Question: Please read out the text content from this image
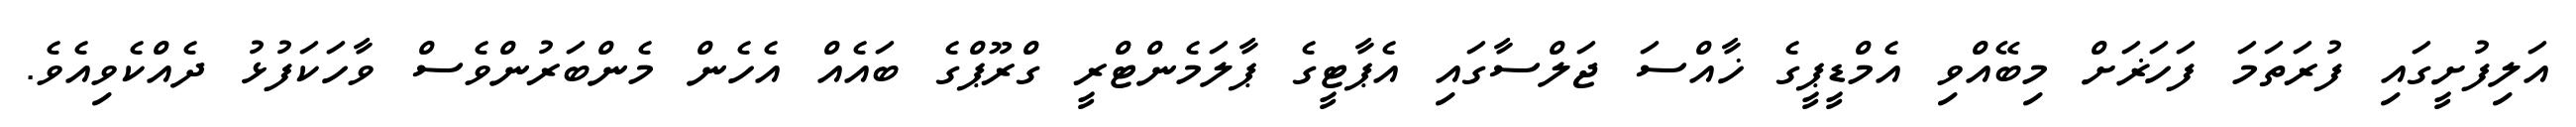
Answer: އަލިފުށީގައި ފުރަތަމަ ފަހަޜަށް މިބޭއްވި އެމްޑީޕީގެ ޚާއްސަ ޖަލްސާގައި އެޕާޓީގެ ޕާލަމެންޓްރީ ގްރޫޕްގެ ބައެއް އެހެން މެންބަރުންވެސް ވާހަކަފުޅު ދެއްކެވިއެވެ.